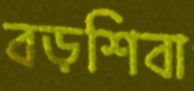
বড়শিবা